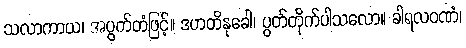
သလာကာယ၊ အပွတ်တံဖြင့်။ ဒဟတိနုခေါ၊ ပွတ်တိုက်ပါသလော။ ခါရလဝဏံ၊